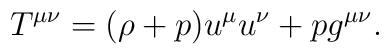
T^{\mu\nu} = (\rho+p) u^\mu u^\nu + p g^{\mu\nu}.